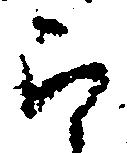
ら